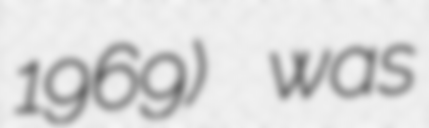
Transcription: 1969) was